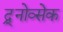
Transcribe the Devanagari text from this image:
द्र्नोव्सेक